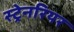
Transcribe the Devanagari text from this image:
स्ट्रेनरियर